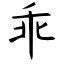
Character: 乖